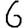
Digit: 6